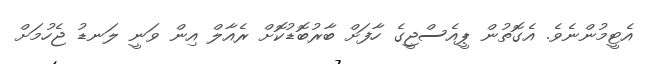
އެޓީމުންނެވެ. އެގޮތުން ޕީއެސްޖީގެ ހާފަށް ބާރުބޮޑުކޮށް ރެއާލް އިން ވަނީ ލަނޑު ޖެހުމަށް